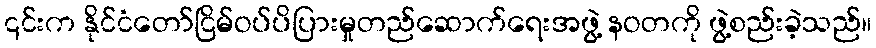
၎င်းက နိုင်ငံတော်ငြိမ်ဝပ်ပိပြားမှုတည်ဆောက်ရေးအဖွဲ့ နဝတကို ဖွဲ့စည်းခဲ့သည်။